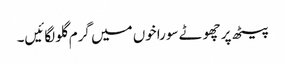
پیٹھ پر چھوٹے سوراخوں میں گرم گلو لگائیں۔